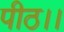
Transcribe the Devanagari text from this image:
पीठ।।